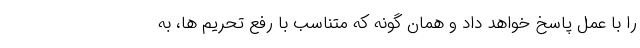
را با عمل پاسخ خواهد داد و همان گونه که متناسب با رفع تحریم ها، به